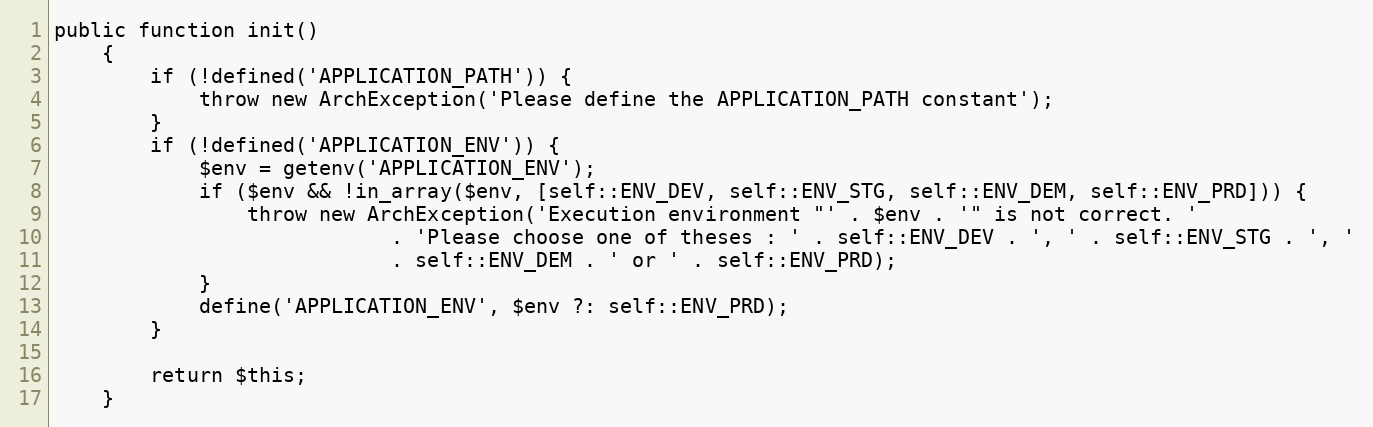
Language: PHP
public function init()
    {
        if (!defined('APPLICATION_PATH')) {
            throw new ArchException('Please define the APPLICATION_PATH constant');
        }
        if (!defined('APPLICATION_ENV')) {
            $env = getenv('APPLICATION_ENV');
            if ($env && !in_array($env, [self::ENV_DEV, self::ENV_STG, self::ENV_DEM, self::ENV_PRD])) {
                throw new ArchException('Execution environment "' . $env . '" is not correct. '
                            . 'Please choose one of theses : ' . self::ENV_DEV . ', ' . self::ENV_STG . ', '
                            . self::ENV_DEM . ' or ' . self::ENV_PRD);
            }
            define('APPLICATION_ENV', $env ?: self::ENV_PRD);
        }

        return $this;
    }